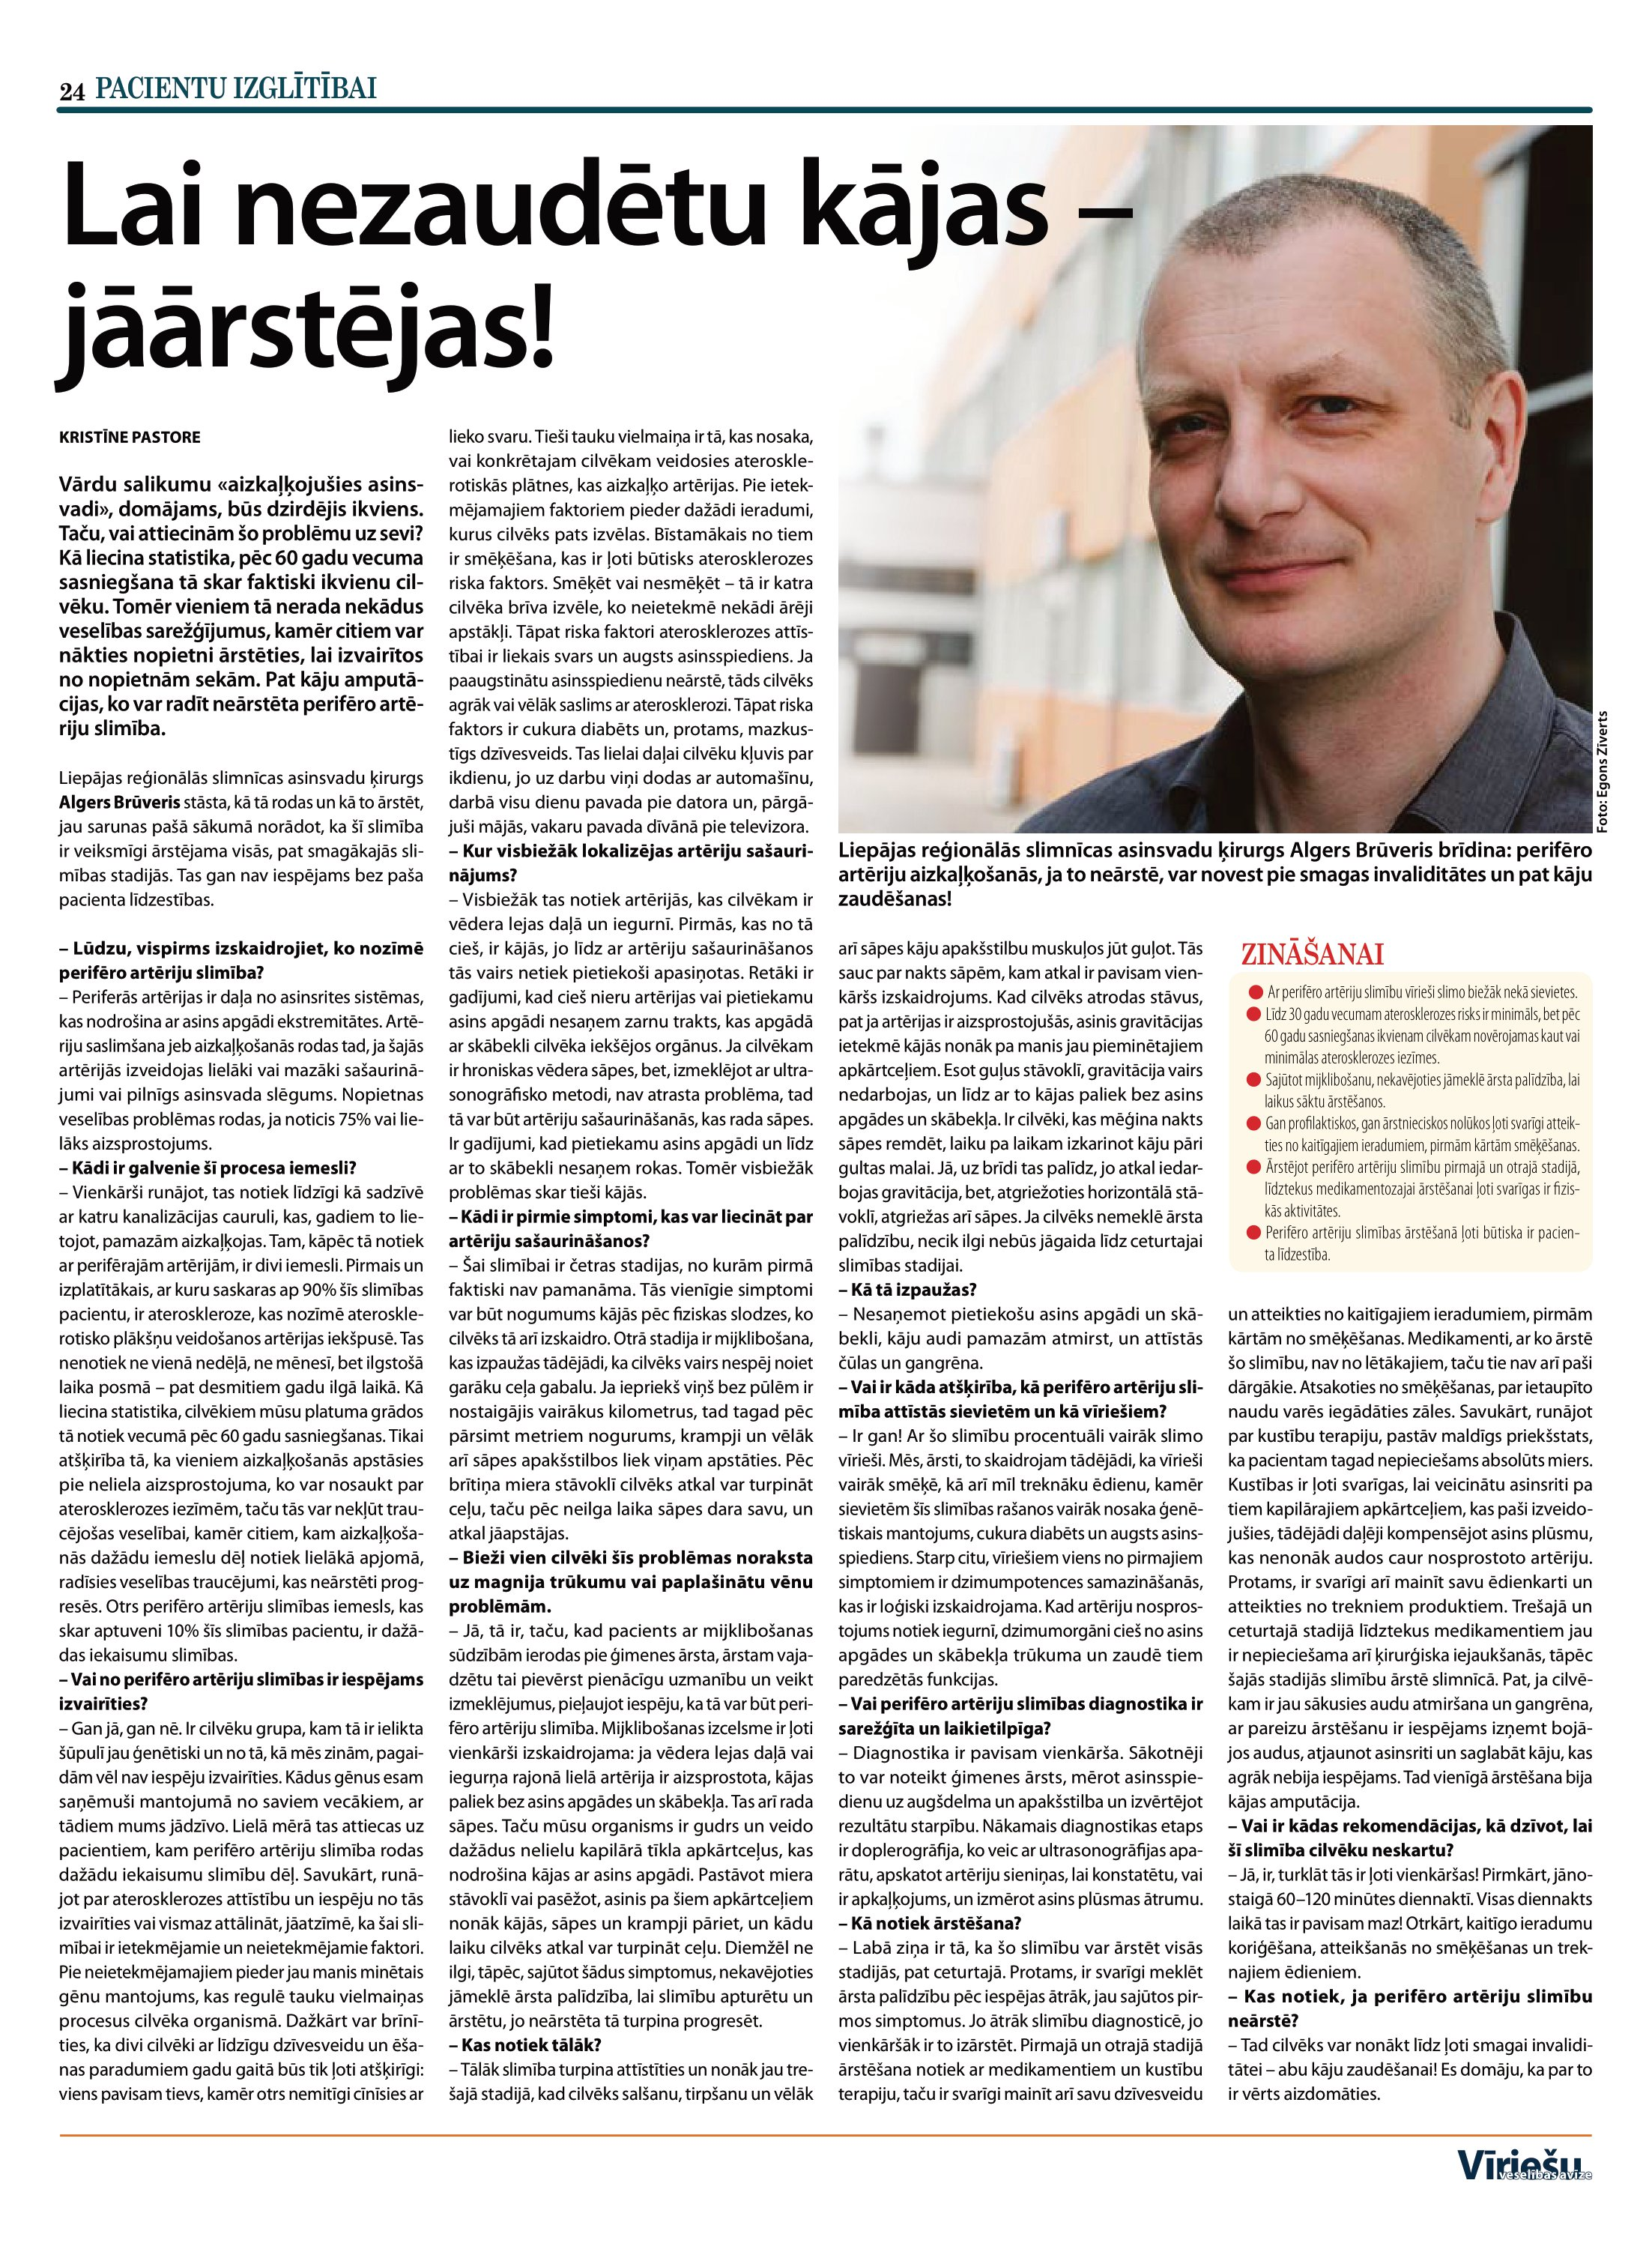
Language: lv